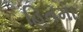
હિતમા